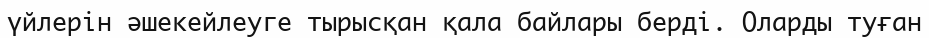
үйлерін әшекейлеуге тырысқан қала байлары берді. Оларды туған